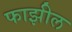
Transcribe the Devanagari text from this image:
फाझील